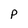
Character: P